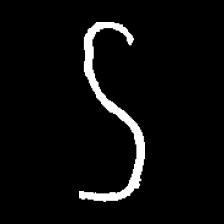
Pyu character \u2014 Myanmar letter: ဌ (romanized: ttha)